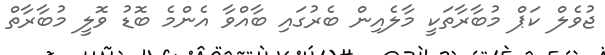
ޖުވެލް ކަޕް މުބާރާތަކީ މާލެއިން ބެރުގައި ބާއްވާ އެންމެ ބޮޑު ވޮލީ މުބާރާތް